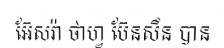
អ៊ែសរ៉ា ថាហ្វ ប៊ែនសឹន បាន